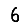
Digit: 6